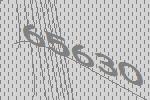
65630